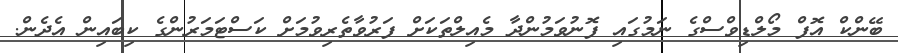
ބޭންކް އޮފް މޯލްޑިވްސްގެ ނަމުގައި ފޮނުވަމުންދާ މެއިލްތަކަށް ފަރުވާތެރިވުމަށް ކަސްޓަމަރުންގެ ކިބައިން އެދެން.